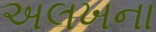
અલખના